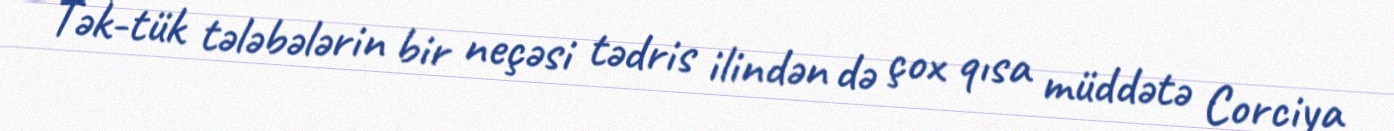
Tək-tük tələbələrin bir neçəsi tədris ilindən də çox qısa müddətə Corciya